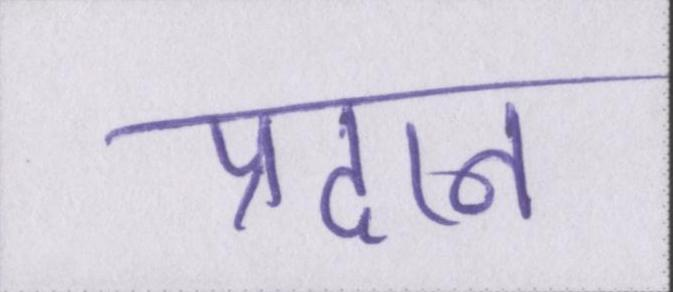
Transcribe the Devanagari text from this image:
प्रदान